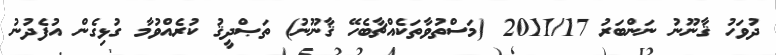
ދުވަހު ޤާނޫނު ނަންބަރު 2011/17 (މަސްތުވާތަކެއްޗާބެހޭ ޤާނޫނު) ތަޞްދީޤު ކުރެއްވުމާ ގުޅިގެން އުފެދުނު